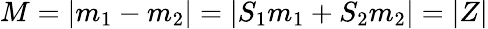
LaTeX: M=|m_{1}-m_{2}|=|S_{1}m_{1}+S_{2}m_{2}|=|Z|